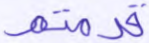
قدمتم